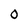
Character: 0